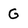
Character: G